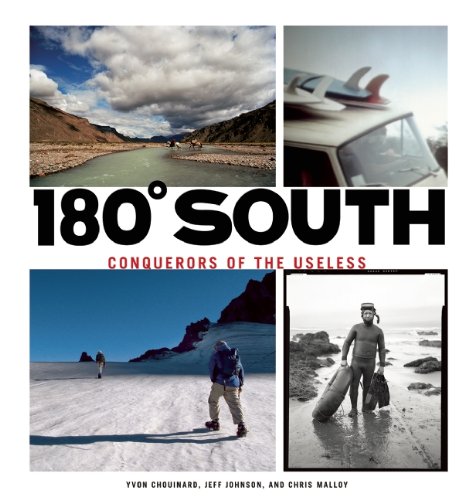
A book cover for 180Â° South: Conquerors of the Useless; Yvon Chouinard; Sports & Outdoors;